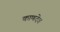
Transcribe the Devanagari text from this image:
काणदेव